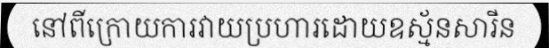
នៅពីក្រោយការវាយប្រហារដោយឧស្ម័នសារីន